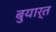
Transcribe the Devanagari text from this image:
बुयार्त